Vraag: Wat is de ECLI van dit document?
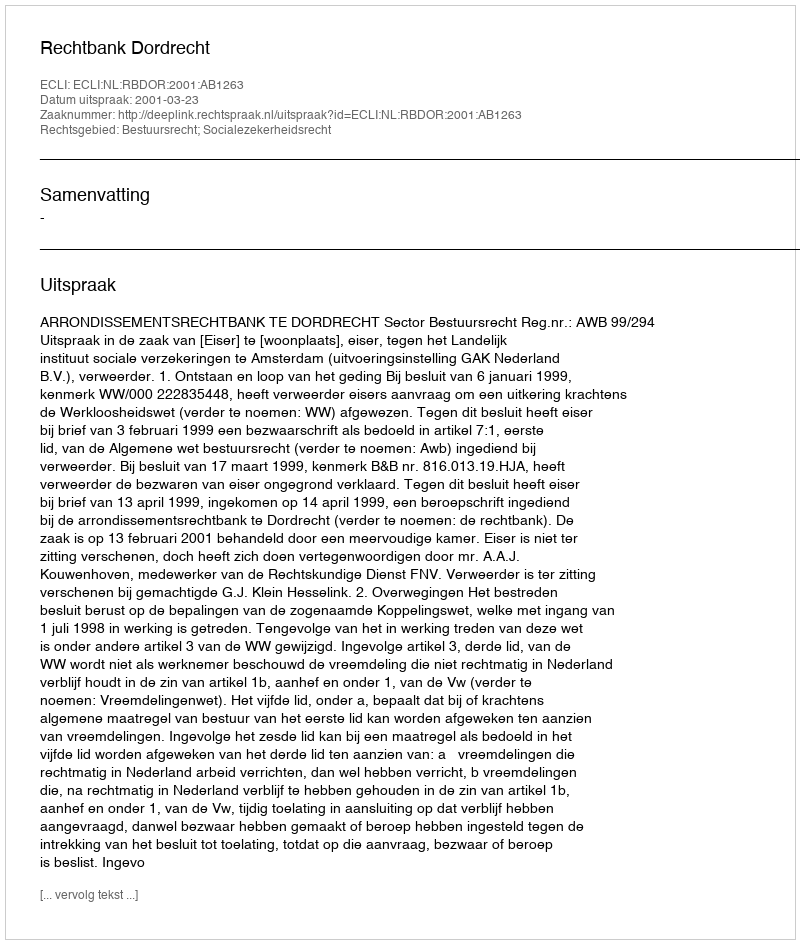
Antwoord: ECLI:NL:RBDOR:2001:AB1263